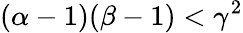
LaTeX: (\alpha-1)(\beta-1)<\gamma^{2}